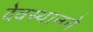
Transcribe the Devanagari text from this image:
देवस्थानने